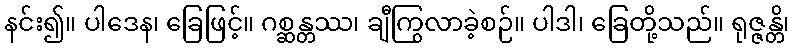
နင်း၍။ ပါဒေန၊ ခြေဖြင့်။ ဂစ္ဆန္တဿ၊ ချီကြွလာခဲ့စဉ်။ ပါဒါ၊ ခြေတို့သည်။ ရုဇ္ဇန္တိ၊